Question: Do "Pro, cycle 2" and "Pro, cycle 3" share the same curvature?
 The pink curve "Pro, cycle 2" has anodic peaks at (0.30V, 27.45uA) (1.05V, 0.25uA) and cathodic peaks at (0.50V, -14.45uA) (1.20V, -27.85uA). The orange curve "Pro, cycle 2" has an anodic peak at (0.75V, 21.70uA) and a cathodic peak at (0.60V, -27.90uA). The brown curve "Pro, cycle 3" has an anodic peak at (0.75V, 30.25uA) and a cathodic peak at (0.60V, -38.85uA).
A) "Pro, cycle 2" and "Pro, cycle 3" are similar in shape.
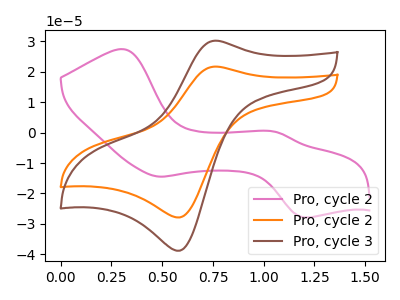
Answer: <think>All the peaks in "Pro, cycle 2" have a peak in "Pro, cycle 3" at the same potential. Every peak in "Pro, cycle 2" is lower than every peak in "Pro, cycle 3".
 </think>
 <answer>A) "Pro, cycle 2" and "Pro, cycle 3" are similar in shape.</answer>
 <eval>A</eval>